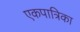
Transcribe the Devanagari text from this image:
एकपात्रिका